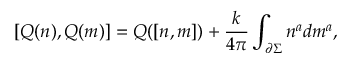
\lbrack Q ( n ) , Q ( m ) ] = Q ( [ n , m ] ) + { \frac k { 4 \pi } } \int _ { { \partial } \Sigma } n ^ { a } d m ^ { a } ,